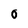
Character: 0